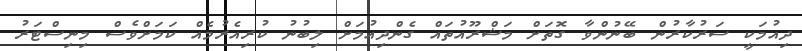
ދިއުމަކީ ސަރުކާރުން ބޭނުންވާ ގޮތަށް މަޝްރޫއުތައް ގެންދިއުމަށް ލިބުނު ކުރިއެރުމެއް ކަމަށްވެސް މިނިސްޓަރު